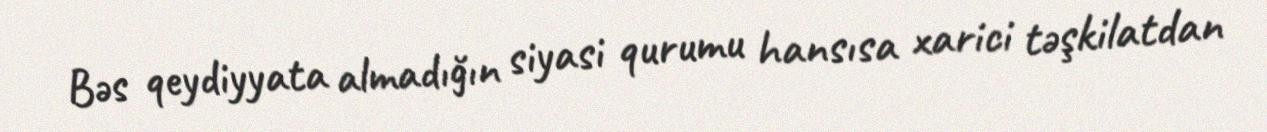
Bəs qeydiyyata almadığın siyasi qurumu hansısa xarici təşkilatdan